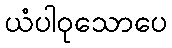
ယံပါဝုသောပေ